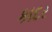
કાદર